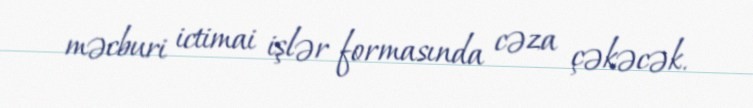
məcburi ictimai işlər formasında cəza çəkəcək.